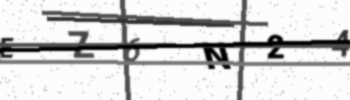
Text: EZ6N24